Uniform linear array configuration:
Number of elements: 12
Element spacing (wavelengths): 0.5
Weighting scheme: kaiser
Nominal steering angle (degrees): -45
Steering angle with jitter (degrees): -45.752
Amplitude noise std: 0.05
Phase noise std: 0.05

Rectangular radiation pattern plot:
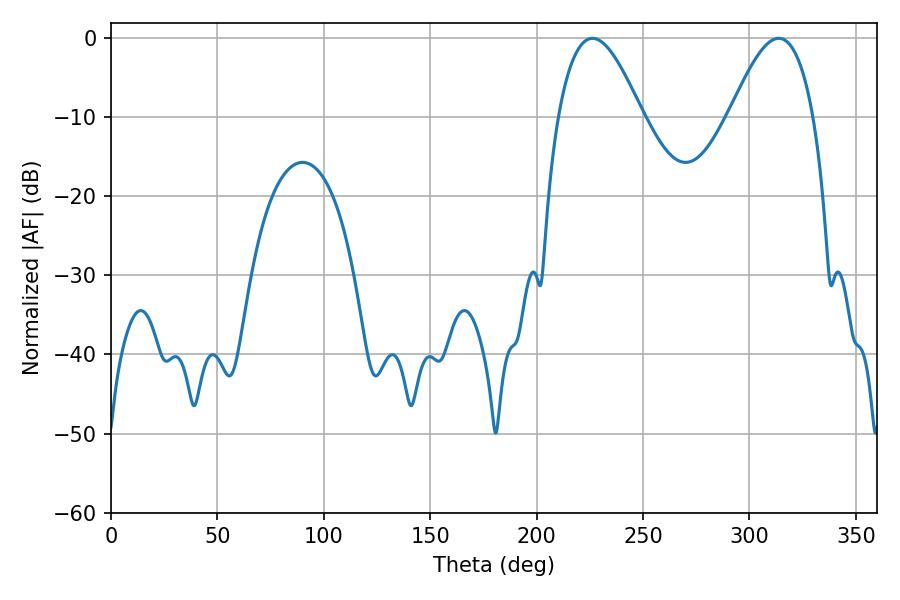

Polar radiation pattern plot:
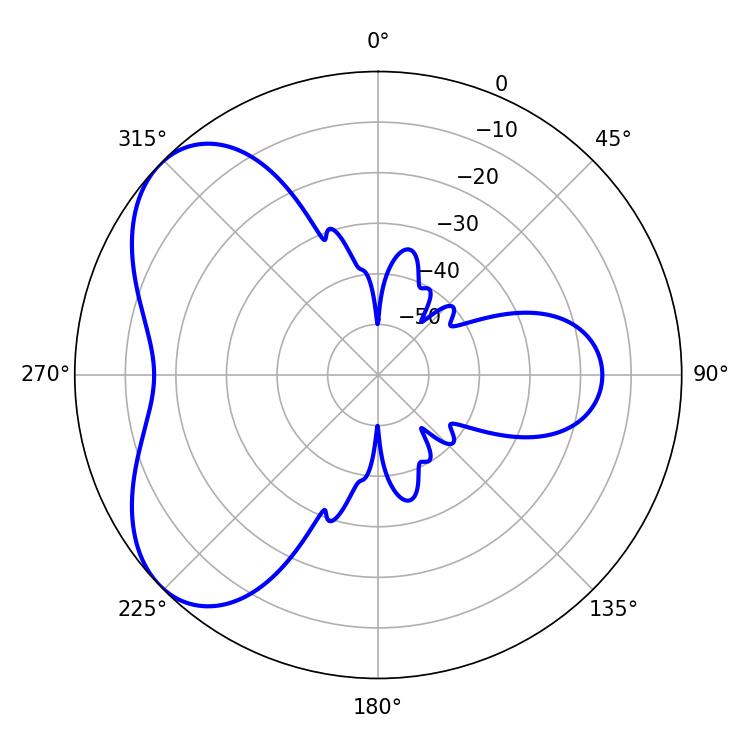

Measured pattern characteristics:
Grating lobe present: FALSE
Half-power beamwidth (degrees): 21.42
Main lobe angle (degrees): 226.26